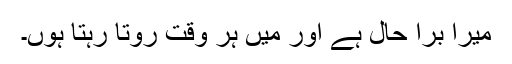
میرا برا حال ہے اور میں ہر وقت روتا رہتا ہوں۔